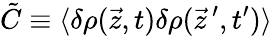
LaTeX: \tilde{C}\equiv\langle\delta\rho(\vec{z},t)\delta\rho(\vec{z}\, ^{\prime},t^{\prime})\rangle